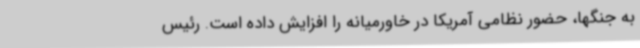
به جنگها، حضور نظامی آمریکا در خاورمیانه را افزایش داده است. رئیس